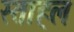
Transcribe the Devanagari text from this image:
स्ताहल